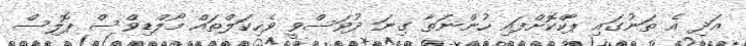
އަދި އެ ތަނުގައި ޕާކްކޮށްފައި ހުންނަތާ ގިނަ ދުވަސްވީ ވެހިކަލްތައް މޯލްޑިވްސް ޕޮލިސް